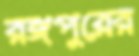
রঙ্গপুরের